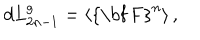
d L _ { 2 n - 1 } ^ { g } = \left\langle \mathrm { { \bf ~ F } } ^ { n } \right\rangle ,